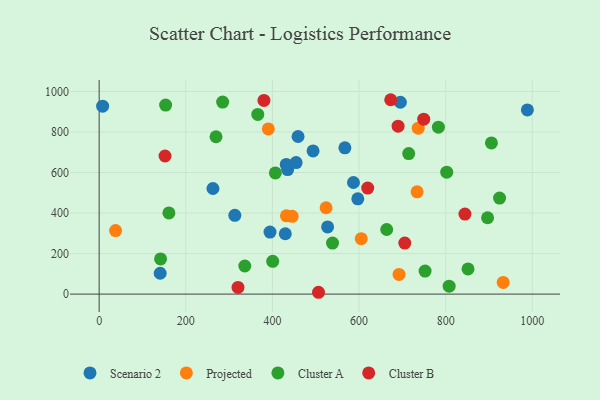
{"axis": {"x": "Experience", "y": "Demand"}, "legend": ["Cluster A", "Cluster B", "Projected", "Scenario 2"], "data": [{"x": "527.4", "y": 331.4, "type": "Scenario 2"}, {"x": "262.7", "y": 521.1, "type": "Scenario 2"}, {"x": "695.4", "y": 946.7, "type": "Scenario 2"}, {"x": "587.1", "y": 550.8, "type": "Scenario 2"}, {"x": "567.3", "y": 721.6, "type": "Scenario 2"}, {"x": "988.6", "y": 909.0, "type": "Scenario 2"}, {"x": "8.0", "y": 927.4, "type": "Scenario 2"}, {"x": "394.4", "y": 305.9, "type": "Scenario 2"}, {"x": "454.7", "y": 649.0, "type": "Scenario 2"}, {"x": "140.9", "y": 102.8, "type": "Scenario 2"}, {"x": "432.0", "y": 640.1, "type": "Scenario 2"}, {"x": "597.1", "y": 470.4, "type": "Scenario 2"}, {"x": "435.1", "y": 614.5, "type": "Scenario 2"}, {"x": "459.2", "y": 777.8, "type": "Scenario 2"}, {"x": "313.2", "y": 388.6, "type": "Scenario 2"}, {"x": "429.7", "y": 297.7, "type": "Scenario 2"}, {"x": "493.8", "y": 706.5, "type": "Scenario 2"}, {"x": "734.0", "y": 504.8, "type": "Projected"}, {"x": "736.6", "y": 818.9, "type": "Projected"}, {"x": "37.9", "y": 313.6, "type": "Projected"}, {"x": "432.4", "y": 386.1, "type": "Projected"}, {"x": "445.6", "y": 383.6, "type": "Projected"}, {"x": "932.8", "y": 57.6, "type": "Projected"}, {"x": "605.1", "y": 273.3, "type": "Projected"}, {"x": "523.9", "y": 426.1, "type": "Projected"}, {"x": "390.5", "y": 815.0, "type": "Projected"}, {"x": "692.3", "y": 97.0, "type": "Projected"}, {"x": "851.6", "y": 124.0, "type": "Cluster A"}, {"x": "663.8", "y": 318.8, "type": "Cluster A"}, {"x": "141.8", "y": 173.7, "type": "Cluster A"}, {"x": "802.4", "y": 601.7, "type": "Cluster A"}, {"x": "538.7", "y": 251.8, "type": "Cluster A"}, {"x": "406.8", "y": 598.0, "type": "Cluster A"}, {"x": "336.2", "y": 138.6, "type": "Cluster A"}, {"x": "896.7", "y": 376.8, "type": "Cluster A"}, {"x": "924.4", "y": 474.0, "type": "Cluster A"}, {"x": "366.2", "y": 886.8, "type": "Cluster A"}, {"x": "161.0", "y": 400.7, "type": "Cluster A"}, {"x": "783.2", "y": 823.5, "type": "Cluster A"}, {"x": "269.8", "y": 776.4, "type": "Cluster A"}, {"x": "752.4", "y": 113.6, "type": "Cluster A"}, {"x": "153.4", "y": 932.9, "type": "Cluster A"}, {"x": "905.6", "y": 746.0, "type": "Cluster A"}, {"x": "714.6", "y": 693.7, "type": "Cluster A"}, {"x": "285.1", "y": 947.4, "type": "Cluster A"}, {"x": "400.6", "y": 161.8, "type": "Cluster A"}, {"x": "808.0", "y": 39.1, "type": "Cluster A"}, {"x": "844.5", "y": 395.1, "type": "Cluster B"}, {"x": "705.6", "y": 252.0, "type": "Cluster B"}, {"x": "380.4", "y": 955.7, "type": "Cluster B"}, {"x": "673.1", "y": 959.2, "type": "Cluster B"}, {"x": "620.0", "y": 523.2, "type": "Cluster B"}, {"x": "749.3", "y": 863.4, "type": "Cluster B"}, {"x": "506.4", "y": 9.0, "type": "Cluster B"}, {"x": "320.5", "y": 33.1, "type": "Cluster B"}, {"x": "152.1", "y": 681.4, "type": "Cluster B"}, {"x": "690.1", "y": 828.8, "type": "Cluster B"}]}